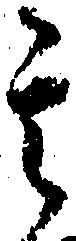
其